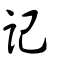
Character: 記